system: You are a helpful assistant.
user:
Analyze the provided spectrum to determine if it is a **M-type Giant (gM)**.

A M-type Giant spectrum is defined by its **strong molecular absorption** features, particularly from **Titanium Oxide (TiO)**. You must check for one of the following mutually exclusive signatures:

- **Key Visual Indicators (Absorption-Dominated Spectrum):**

    - **(Primary):** The spectrum is dominated by strong molecular absorption from **Titanium Oxide (TiO)**. This is the **defining feature** of its M-type temperature class.
        - **(Key Bandheads):** Look for sharp, "saw-tooth" absorption valleys. The strongest are located near **~7050 Å**, **~6160 Å**, and **~5170 Å**.
        - **(Line Profile):** The "saw-tooth" morphology is critical: a **sharp, steep drop on the BLUE (short-wavelength) side** of the bandhead, followed by a gradual recovery (rising flux) towards the RED (long-wavelength) side.

    - **(Key Confirmation - Giant vs. Dwarf):** **ABSENCE** of strong **Calcium Hydride (CaH)** molecular bands. This is the primary diagnostic for *excluding* M-dwarfs.
        - **(Key Region):** The spectrum should lack the strong, broad absorption band seen in dwarfs between **~6800 Å and ~7000 Å**.

    - **(Secondary Confirmation - Giant):** A very strong and broad **Neutral Calcium (Ca I)** atomic absorption line.
        - **(Key Line):** Located at **~4226 Å**. In a giant (gM), this line is significantly deeper and broader than the same line in an M-dwarf (dM) due to low surface gravity.

    - **(Overall Spectrum):**
        - The continuum is **extremely red-sloping** (i.e., flux is very low in the blue and rises dramatically towards the red).
        - The entire spectrum appears "chopped up" by the deep TiO bands.

Think first, call **spectral_visualization_tool** if needed to examine features in detail, then provide your final answer. Your response must adhere to the following strict rules:
1.  **Overall Structure:** Your response must follow the format `<think>...</think> <tool_call>...</tool_call> (if a tool is used) <answer>...</answer>`.
2.  **Tool Usage Constraint:** You may only make **one** tool call per turn.
3.  **Final Answer Format:** In the `<answer>` tag, your conclusion must be inside a `\boxed{}` command (e.g., `\boxed{YES}` or `\boxed{NO}`), followed by your justification.

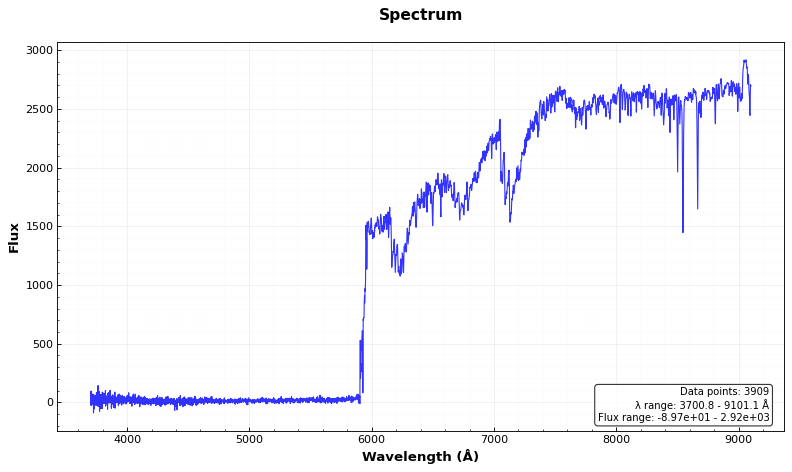
Answer: YES